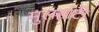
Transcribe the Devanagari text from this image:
मुलहाटी